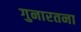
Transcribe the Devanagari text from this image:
गुनारतना